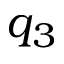
q _ { 3 }